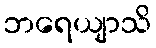
ဘရေယျာသိ